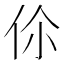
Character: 伱